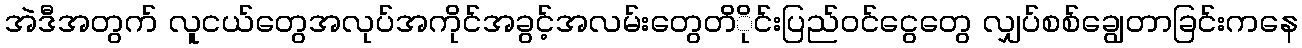
အဲဒီအတွက် လူငယ်တွေအလုပ်အကိုင်အခွင့်အလမ်းတွေတိိုင်းပြည်ဝင်ငွေတွေ လျှပ်စစ်ချွေတာခြင်းကနေ